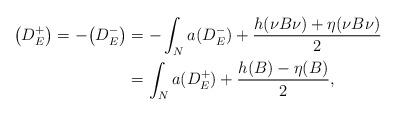
LaTeX: \begin{align*}\begin{aligned}\big(D_E^+\big)=-\big(D_E^-\big)&=-\int_{N} a(D_E^-)+\frac{h(\nu B\nu)+\eta(\nu B\nu)}{2}\\&=\int_{N} a(D_E^+)+\frac{h(B)-\eta(B)}{2},\end{aligned}\end{align*}